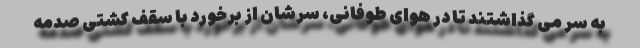
به سر می گذاشتند تا در هوای طوفانی، سرشان از برخورد با سقف کشتی صدمه